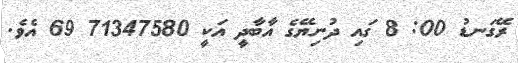
ރޭގަނޑު 00: 8 ގައި ދުނިޔޭގެ އާބާދީ އަކީ 71347580 69 އެވެ.